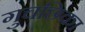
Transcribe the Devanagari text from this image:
गुचछिका